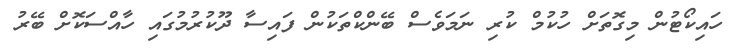
ހައިކޯޓުން މިގޮތަށް ހުކުމް ކުރި ނަމަވެސް ބޭންކްތަކުން ފައިސާ ދޫކުރުމުގައި ހާއްސަކޮށް ބޭރު